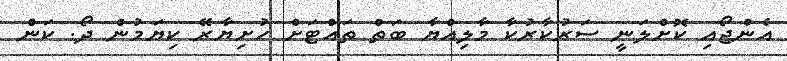
އެންޖޯއި ކޮށްލަނީ ސަރުކާރުކާ މާލިއްޔާ ބަތް ތައްޓަށް ހުށިޔާރޭ ކިޔަމުން ދޯ. ކަން